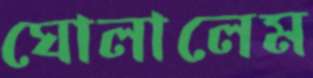
ঘোলালেম